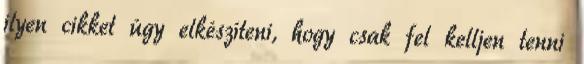
ilyen cikket úgy elkészíteni, hogy csak fel kelljen tenni